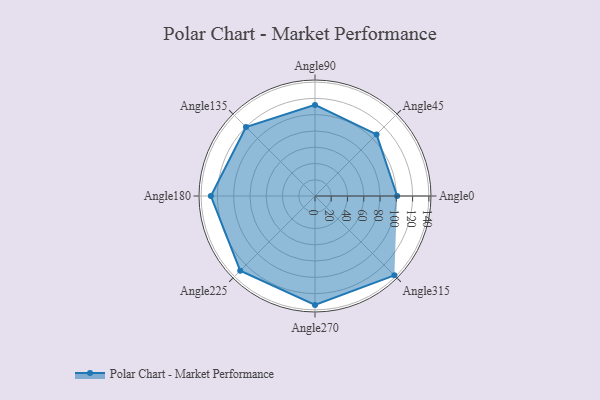
{"axis": {"x": "Angle", "y": "Radius"}, "legend": [""], "data": [{"x": "Angle0", "y": 101.0, "type": ""}, {"x": "Angle45", "y": 107.0, "type": ""}, {"x": "Angle90", "y": 112.0, "type": ""}, {"x": "Angle135", "y": 120.0, "type": ""}, {"x": "Angle180", "y": 128.0, "type": ""}, {"x": "Angle225", "y": 130.0, "type": ""}, {"x": "Angle270", "y": 134.0, "type": ""}, {"x": "Angle315", "y": 138.0, "type": ""}]}